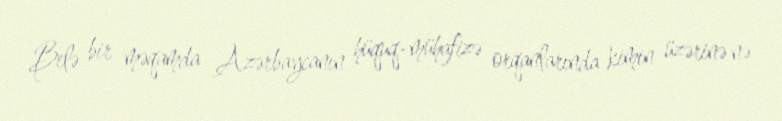
Belə bir məqamda Azərbaycanın hüquq-mühafizə orqanlarında kimin üzərinə nə